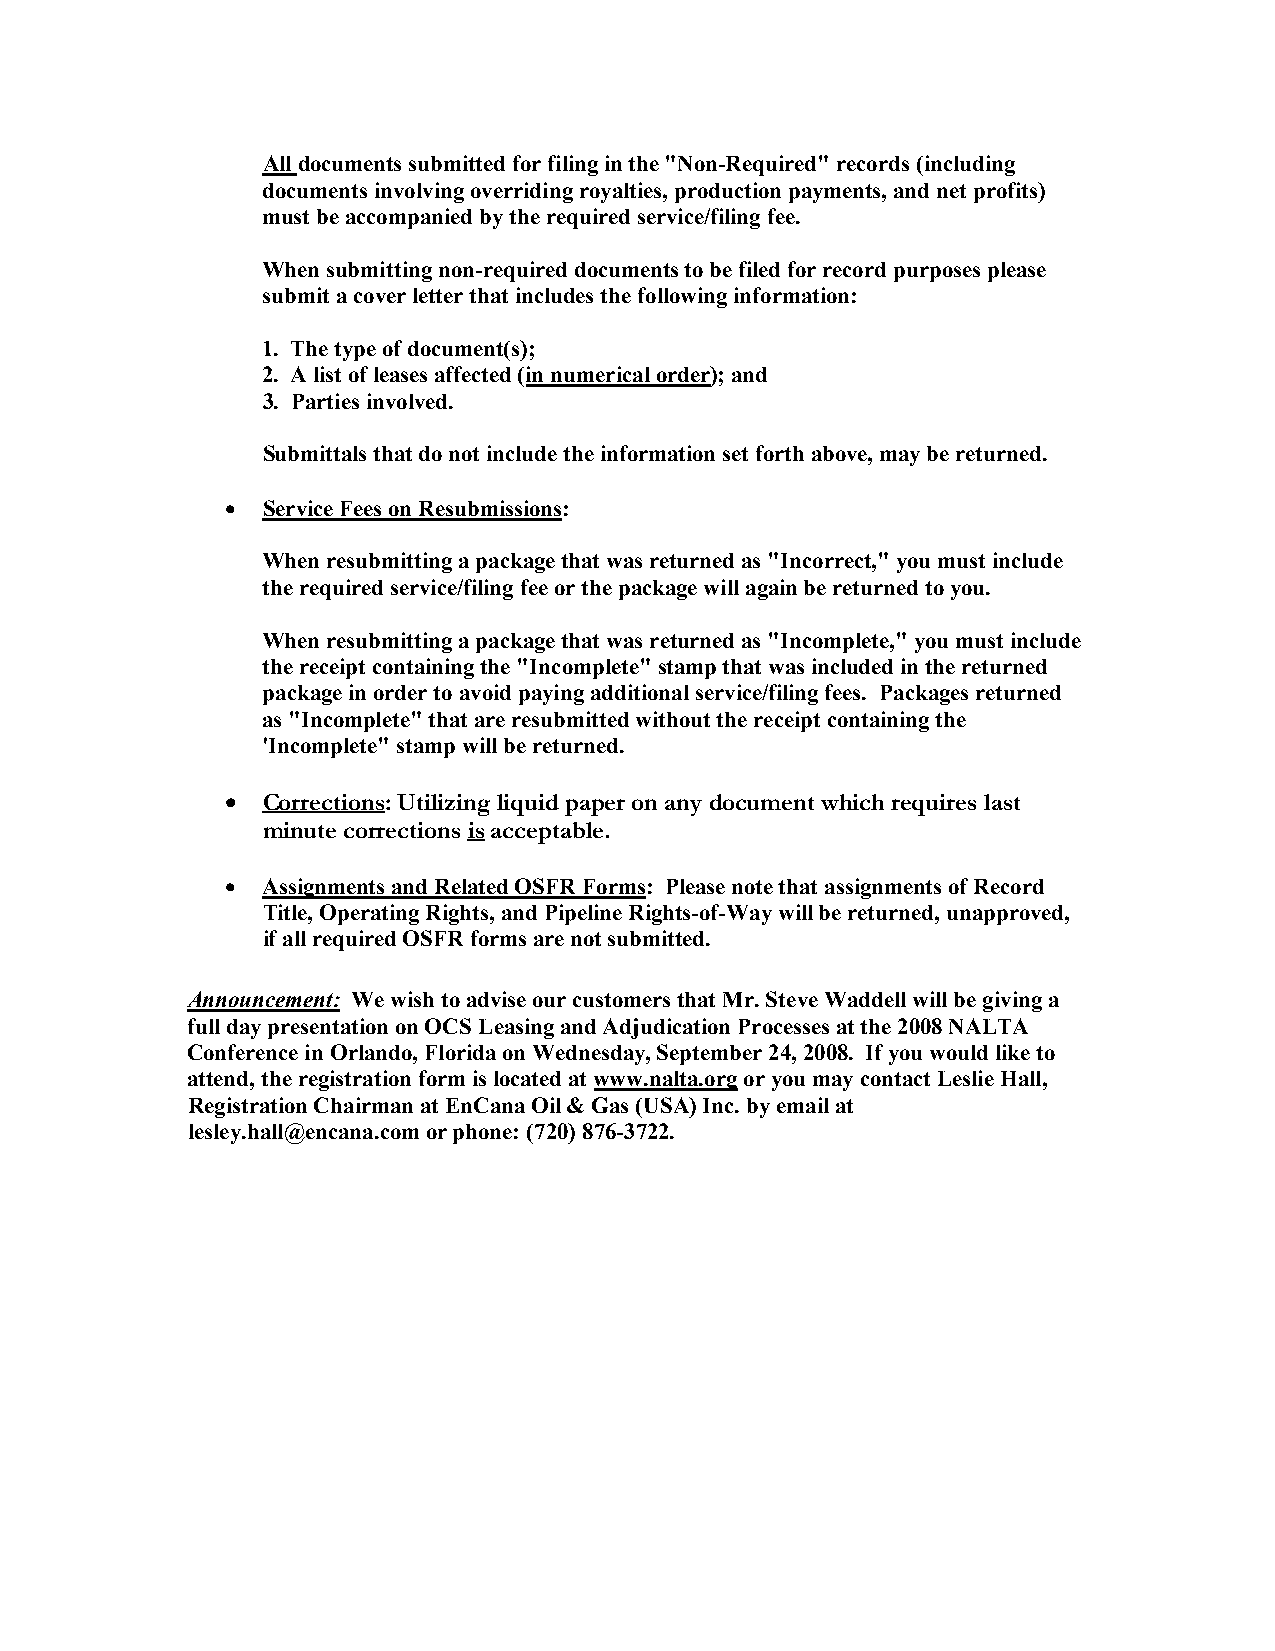
All documents submitted for filing in the "Non-Required" records (including
 documents involving overriding royalties, production payments, and net profits)
 must be accompanied by the required service/filing fee.
 When submitting non-required documents to be filed for record purposes please
 submit a cover letter that includes the following information:
 1. The type of document(s);
 2. A list of leases affected (in numerical order); and
 3. Parties involved.
 Submittals that do not include the information set forth above, may be returned.
 • Service Fees on Resubmissions:
 When resubmitting a package that was returned as "Incorrect," you must include
 the required service/filing fee or the package will again be returned to you.
 When resubmitting a package that was returned as "Incomplete," you must include
 the receipt containing the "Incomplete" stamp that was included in the returned
 package in order to avoid paying additional service/filing fees. Packages returned
 as "Incomplete" that are resubmitted without the receipt containing the
 'Incomplete" stamp will be returned.
 • Corrections: Utilizing liquid paper on any document which requires last
 minute corrections is acceptable.
 • Assignments and Related OSFR Forms: Please note that assignments of Record
 Title, Operating Rights, and Pipeline Rights-of-Way will be returned, unapproved,
 if all required OSFR forms are not submitted.
 Announcement: We wish to advise our customers that Mr. Steve Waddell will be giving a
 full day presentation on OCS Leasing and Adjudication Processes at the 2008 NALTA
 Conference in Orlando, Florida on Wednesday, September 24, 2008. If you would like to
 attend, the registration form is located at www.nalta.org or you may contact Leslie Hall,
 Registration Chairman at EnCana Oil & Gas (USA) Inc. by email at
 lesley.hall@encana.com or phone: (720) 876-3722.